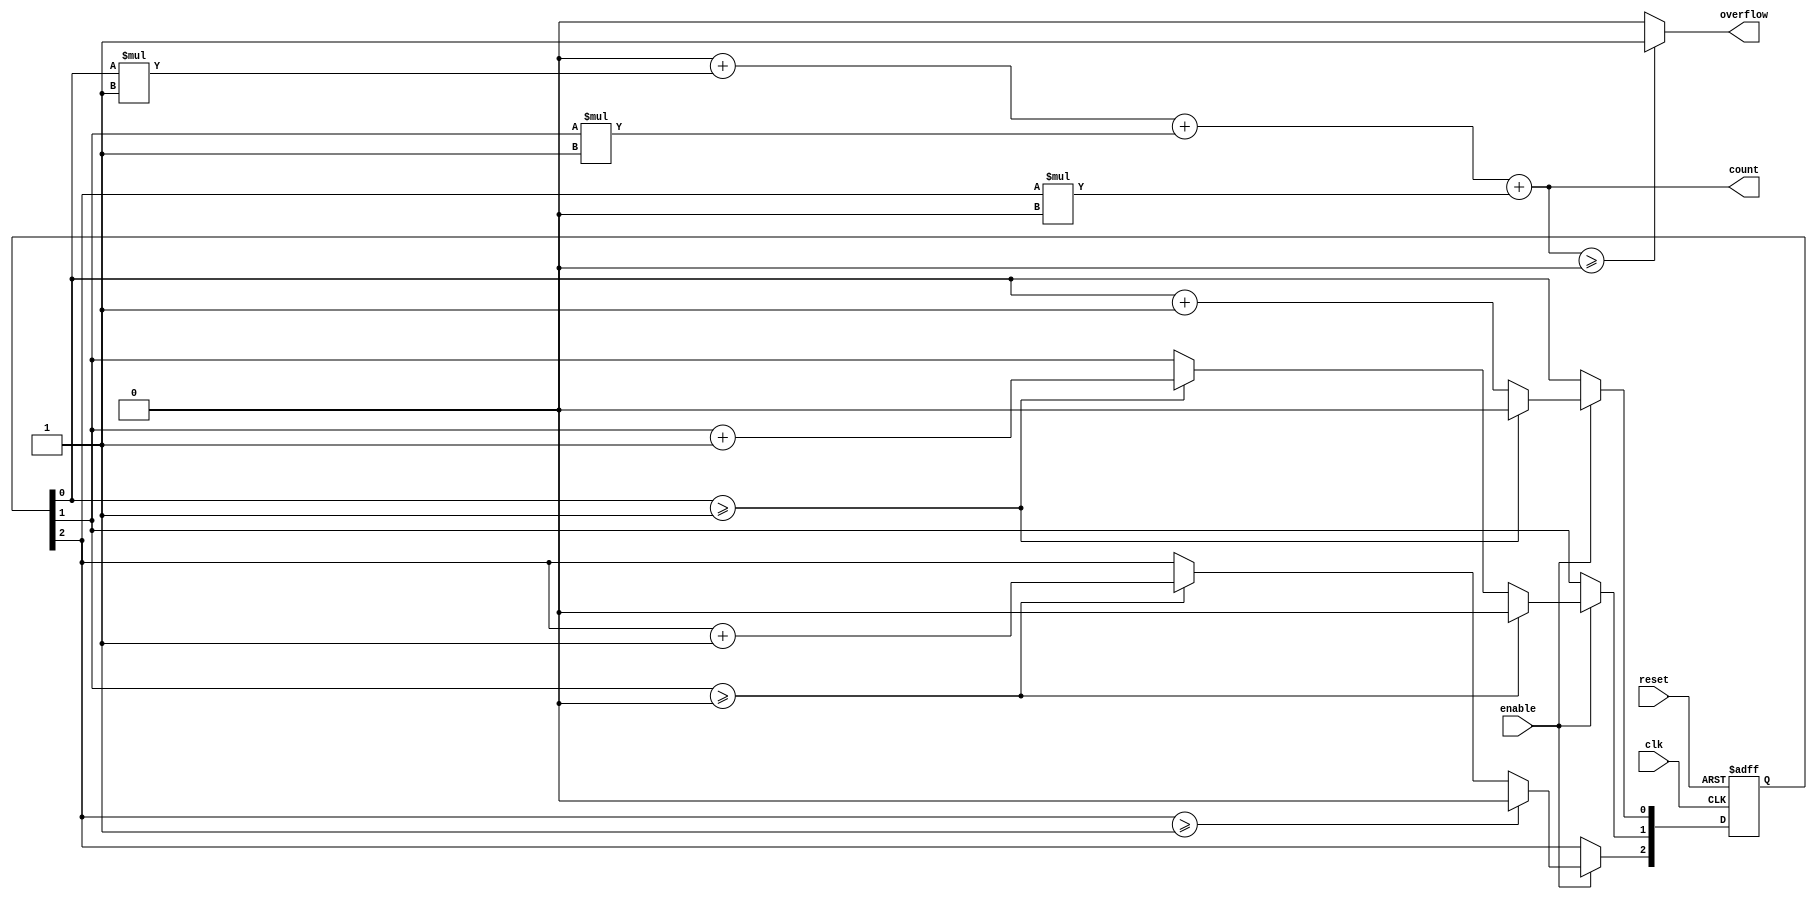
module MixedRadixCounter (
    input wire clk,           // Clock input
    input wire reset,         // Asynchronous reset
    input wire enable,        // Enable counting
    output reg [N-1:0] count, // Current count value
    output reg overflow       // Overflow indicator
);
    parameter N = 3; // Number of digits in the counter
    parameter [N-1:0] RADIX = {2, 3, 5}; // Radix values for each digit

    reg [N-1:0] digit; // Array to hold current value of each digit
    integer i;
    
    initial begin
        overflow = 0;
        count = 0; // Initialize count to zero
    end

    // Combinational logic to update count
    always @* begin
        overflow = 0;
        count = 0;
        for (i = 0; i < N; i = i + 1) begin
            count = count + (digit[i] * (i == 0 ? 1 : RADIX[i-1])); // Calculate current count value
        end
        if (count >= (RADIX[0] * RADIX[1] * RADIX[2])) begin
            overflow = 1; // Check for overflow condition
        end
    end

    // Sequential logic for counting
    always @(posedge clk or posedge reset) begin
        if (reset) begin
            // Asynchronous reset to zero
            digit <= {N{1'b0}};
        end else if (enable) begin
            // Counting logic
            digit[0] <= digit[0] + 1; // Increment the least significant digit
            for (i = 0; i < N; i = i + 1) begin
                if (digit[i] >= RADIX[i]) begin
                    digit[i] <= 0; // Reset the current digit
                    if (i + 1 < N) begin
                        digit[i + 1] <= digit[i + 1] + 1; // Cascade increment to the next digit
                    end
                end
            end
        end
    end
endmodule